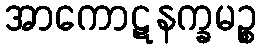
အာကောဋနက္ခမဉ္စ